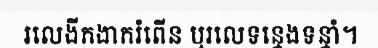
រលេងីកងាករំពើន ឬរលេទន្ទេងទន្ទាំ។